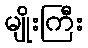
မျိုးကြီး